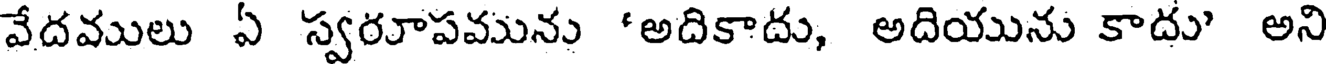
వేదములు ఏ స్వరూపమును 'అదికాదు, అదియును కాదు' అని